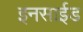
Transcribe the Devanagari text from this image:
इनसाईड